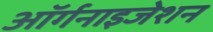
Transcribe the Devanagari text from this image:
अॉर्गनाइजेशन